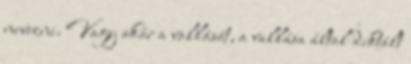
nevezni. Vagy akár a vallását, a vallása által diktált